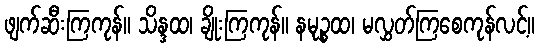
ဖျက်ဆီးကြကုန်။ သိန္ဒထ၊ ချိုးကြကုန်။ နမုဉ္စထ၊ မလွှတ်ကြစေကုန်လင့်။